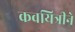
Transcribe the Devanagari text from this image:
कवयित्रीने